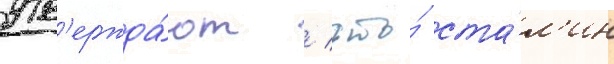
утв'ержда́ют / что́ ста́л'ин